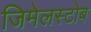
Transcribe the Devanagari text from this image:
जिमेलस्टोब